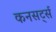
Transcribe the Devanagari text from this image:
कनसर्ट्स